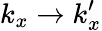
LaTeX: k_{x}\rightarrow k_{x}^{\prime}